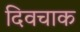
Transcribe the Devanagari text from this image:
दिवचाक